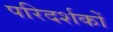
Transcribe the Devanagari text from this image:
परिदर्शकों